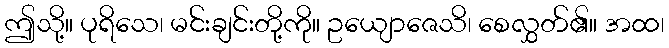
ဤသို့။ ပုရိသေ၊ မင်းချင်းတို့ကို။ ဥယျောဇေသိ၊ စေလွှတ်၏။ အထ၊